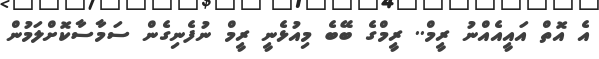
އެ އޮތް އައީއެއްނު ރީމް.. ރީމްގެ ބޭބެ މިއުޅެނީ ރީމް ނުފެނިގެން ސަމާސާކޮށްލަމުން